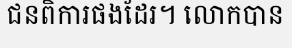
ជនពិការផងដែរ។ លោកបាន